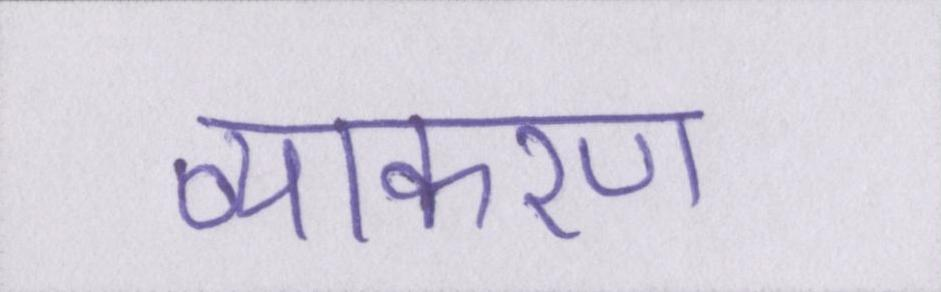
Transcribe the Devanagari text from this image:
व्याकरण